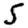
Digit: 5